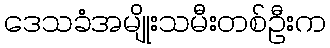
ဒေသခံအမျိုးသမီးတစ်ဦးက